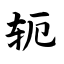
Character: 轭